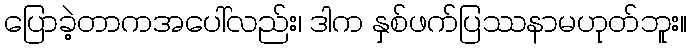
ပြောခဲ့တာကအပေါ်လည်း၊ ဒါက နှစ်ဖက်ပြဿနာမဟုတ်ဘူး။